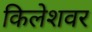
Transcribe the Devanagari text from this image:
किलेशवर